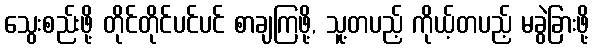
သွေးစည်းဖို့ တိုင်တိုင်ပင်ပင် စာချကြဖို့, သူ့တပည့် ကိုယ့်တပည့် မခွဲခြားဖို့